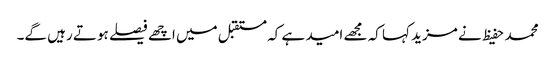
محمد حفیظ نے مزید کہا کہ مجھے امید ہے کہ مستقبل میں اچھے فیصلے ہوتے رہیں گے۔